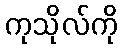
ကုသိုလ်ကို